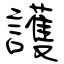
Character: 護